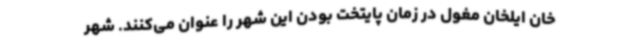
خان ایلخان مغول در زمان پایتخت بودن این شهر را عنوان می‌کنند. شهر